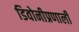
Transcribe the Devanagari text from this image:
डिवोनीप्रणाली